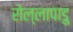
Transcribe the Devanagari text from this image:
रोल्लापाडु